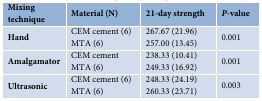
<table><thead><tr><td><b>Mixing technique</b></td><td><b>Material (N)</b></td><td><b>21-day strength</b></td><td><b><i>P</i>-value</b></td></tr></thead><tbody><tr><td rowspan="2"><b>Hand </b></td><td>CEM cement (6)</td><td>267.67 (21.96)</td><td rowspan="2">0.001</td></tr><tr><td>MTA (6)</td><td>257.00 (13.45)</td></tr><tr><td rowspan="2"><b>Amalgamator </b></td><td>CEM cement</td><td>238.33 (10.41)</td><td rowspan="2">0.001</td></tr><tr><td>MTA (6)</td><td>249.33 (16.92)</td></tr><tr><td rowspan="2"><b>Ultrasonic </b></td><td>CEM cement (6)</td><td>248.33 (24.19)</td><td rowspan="2">0.003</td></tr><tr><td>MTA (6)</td><td>260.33 (23.71)</td></tr></tbody></table>